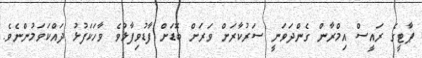
ޕާޓީގެ ރައީސް އިމްރާން ގެންދަވަނީ ސަރުކާރަށް ވަރަށް ބޮޑަށް ފާޑުވިފާޅުވެ ވާހަކަފުޅު ދައްކަވަމުންނެވެ.